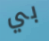
بي